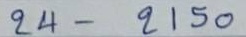
24 - 2150